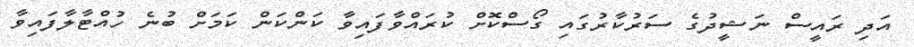
އަދި ރައީސް ނަޝީދުގެ ސަރުކާރުގައި ގޯސްކޮށް ކުރައްވާފައިވާ ކަންކަން ކަމަށް ބުނެ ހުއްޓާލާފައިވާ